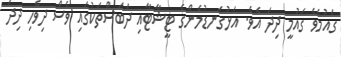
ގައުމެވެ ގައުމީ ދިދަ އެވެ. އަޅުގަނޑުމެންގެ ޓީޝާޓާއި ދަބަސްތަކުގައި ވެސް ދިވެހި ދިދަ